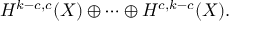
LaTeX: H ^ { k - c , c } ( X ) \oplus \cdots \oplus H ^ { c , k - c } ( X ) .